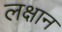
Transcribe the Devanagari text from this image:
लक्षान